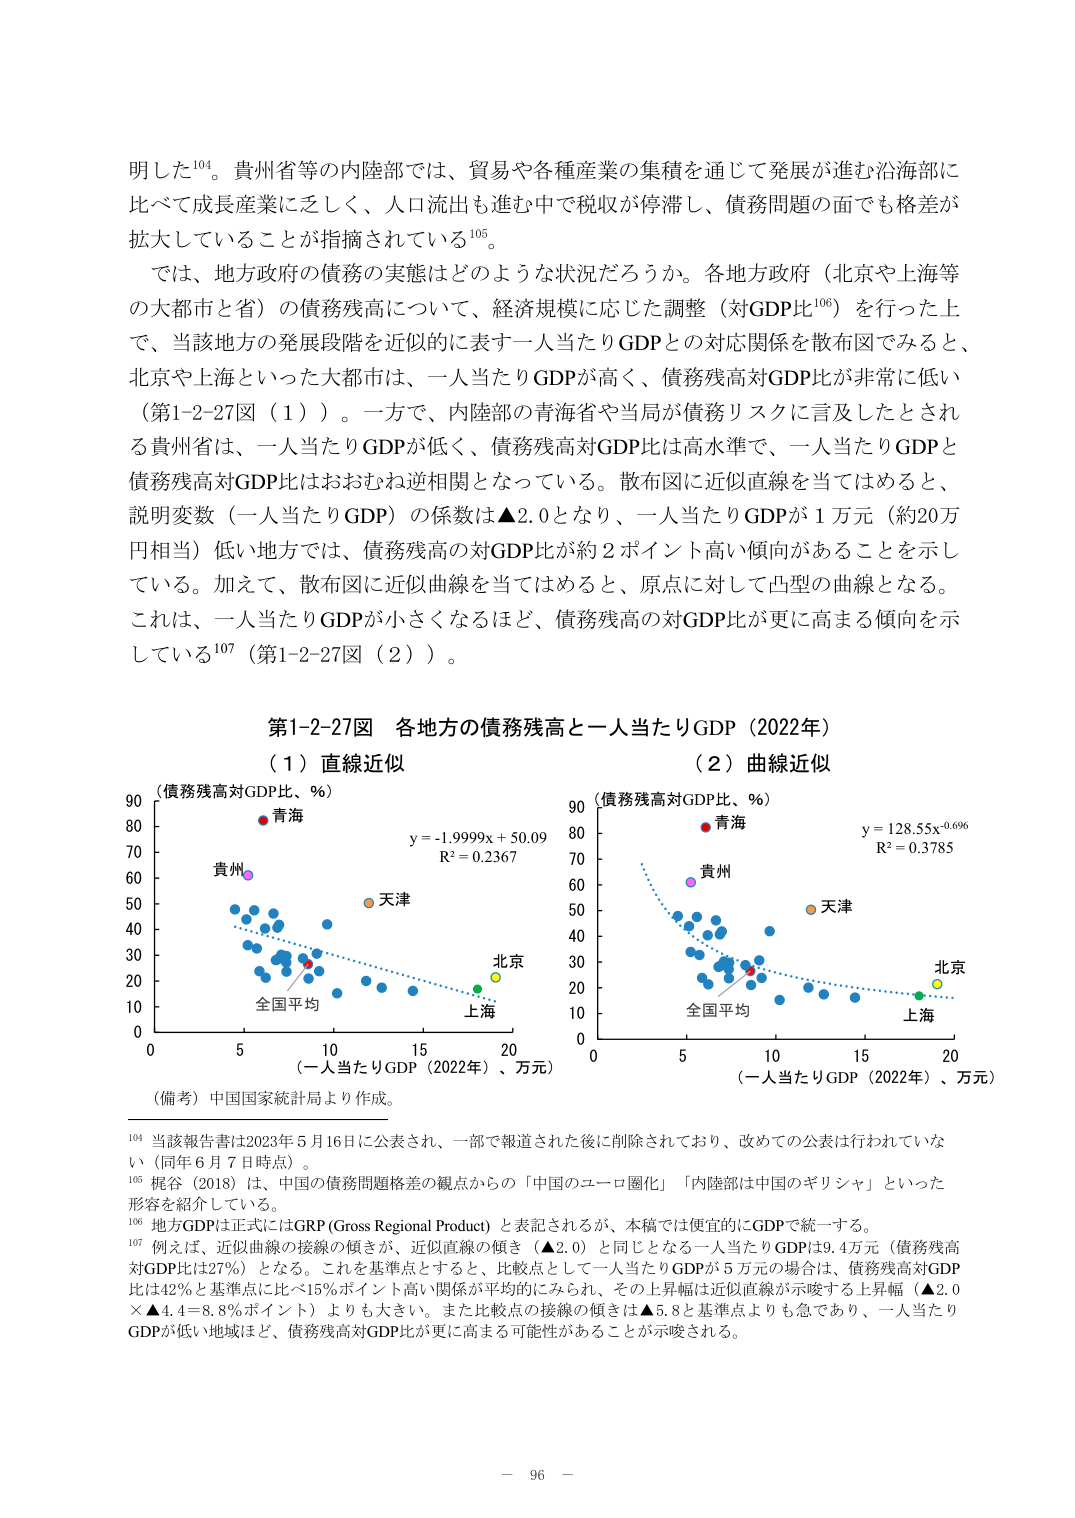
明した¹⁰⁴。貴州省等の内陸部では、貿易や各種産業の集積を通じて発展が進む沿海部に比べて成長産業に乏しく、人口流出も進む中で税収が停滞し、債務問題の面でも格差が拡大していることが指摘されている¹⁰⁵。

では、地方政府の債務の実態はどのような状況だろうか。各地方政府（北京や上海等の大都市と省）の債務残高について、経済規模に応じた調整（対GDP比¹⁰⁶）を行った上で、当該地方の発展段階を近似的に表す一人当たりGDPとの対応関係を散布図でみると、北京や上海といった大都市は、一人当たりGDPが高く、債務残高対GDP比が非常に低い（第1-2-27図（1））。一方で、内陸部の青海省や当局が債務リスクに言及したとされる貴州省は、一人当たりGDPが低く、債務残高対GDP比は高水準で、一人当たりGDPと債務残高対GDP比はおおむね逆相関となっている。散布図に近似直線を当てはめると、説明変数（一人当たりGDP）の係数は▲2.0となり、一人当たりGDPが1万元（約20万円相当）低い地方では、債務残高の対GDP比が約2ポイント高い傾向があることを示している。加えて、散布図に近似曲線を当てはめると、原点に対して凸型の曲線となる。これは、一人当たりGDPが小さくなるほど、債務残高の対GDP比が更に高まる傾向を示している¹⁰⁷（第1-2-27図（2））。

第1-2-27図 各地方の債務残高と一人当たりGDP（2022年）
（1）直線近似　　　　　　　　　　　　　　（2）曲線近似

（債務残高対GDP比、％）
90